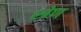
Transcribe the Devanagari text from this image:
स्त्रेण